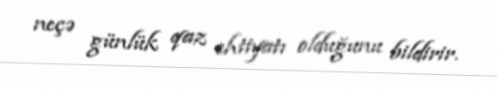
neçə günlük qaz ehtiyatı olduğunu bildirir.